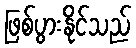
ဖြစ်ပွားနိုင်သည်